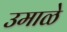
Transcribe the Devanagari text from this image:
उमाळे